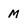
Character: M